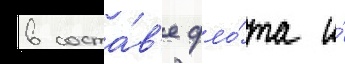
в соста́в'е фло́та и́